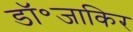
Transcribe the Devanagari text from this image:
डॉ॰जाकिर